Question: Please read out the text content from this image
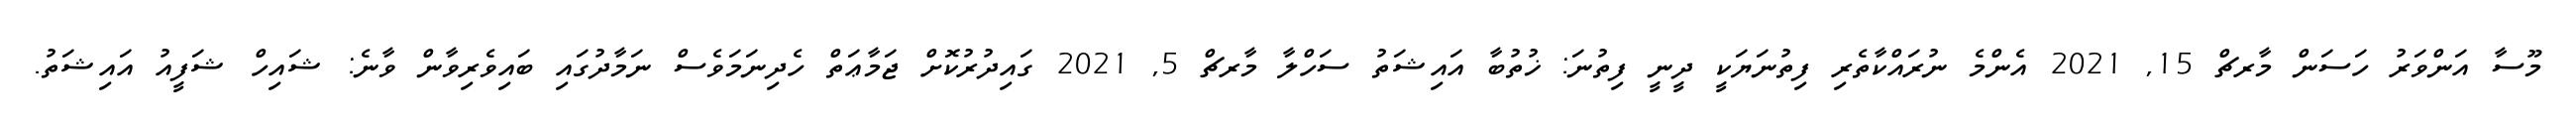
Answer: މޫސާ އަންވަރު ހަސަން މާރޗް 15, 2021 އެންމެ ނުރައްކާތެރި ފިތުނަޔަކީ ދީނީ ފިތުނަ: ޚުތުބާ އައިޝަތު ސަހްލާ މާރޗް 5, 2021 ގައިދުރުކޮށް ޖަމާޢަތް ހެދިނަމަވެސް ނަމާދުގައި ބައިވެރިވާން ވާނެ: ޝައިހް ޝަފީއު އައިޝަތު.